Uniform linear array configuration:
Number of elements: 4
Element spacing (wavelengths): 0.75
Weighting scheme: uniform
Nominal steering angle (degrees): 15
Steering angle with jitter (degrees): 14.189
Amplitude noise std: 0.05
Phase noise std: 0.05

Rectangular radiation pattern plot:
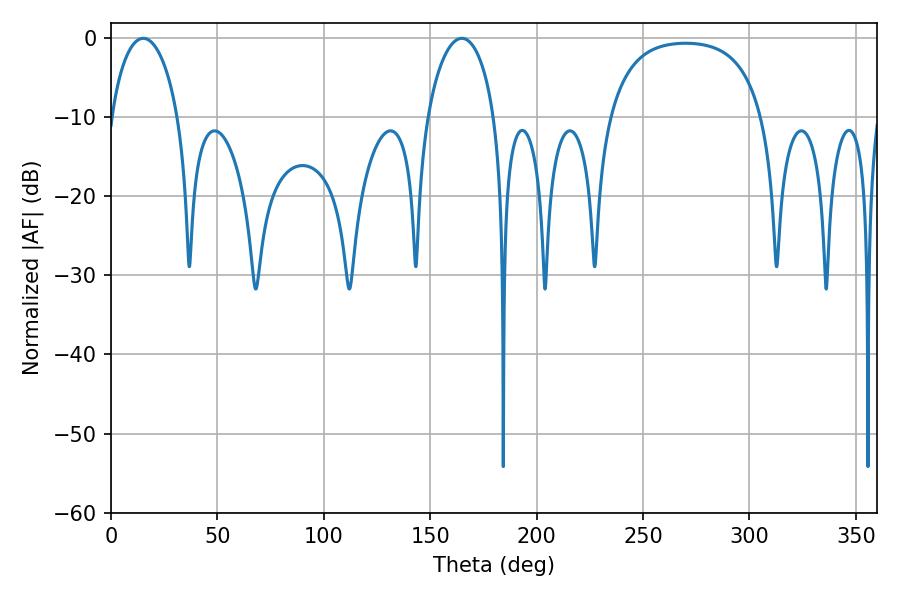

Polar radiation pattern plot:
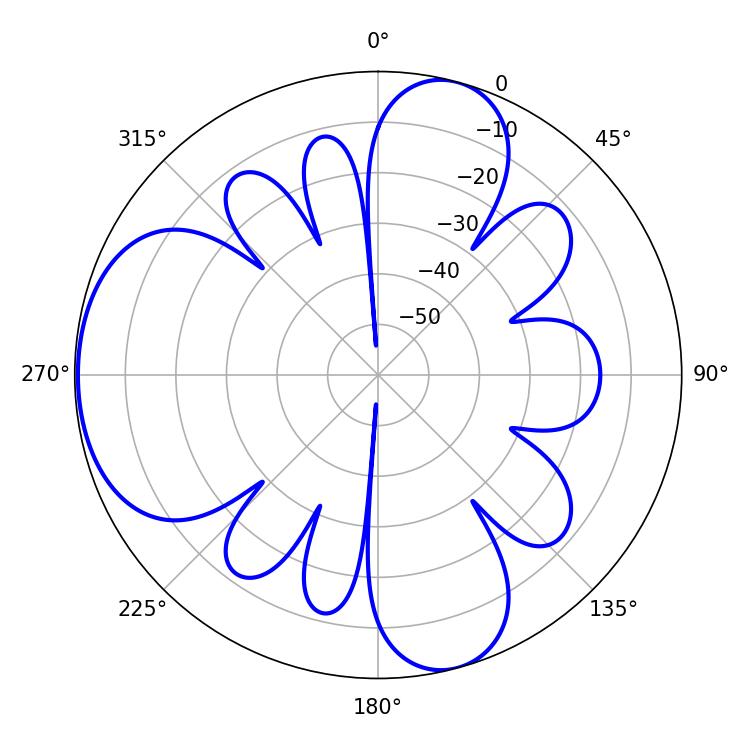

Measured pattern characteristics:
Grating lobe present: TRUE
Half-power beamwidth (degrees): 18.18
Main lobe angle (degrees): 15.12